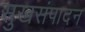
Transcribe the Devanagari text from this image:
सुखसंपादन